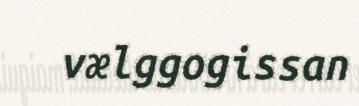
vælggogissan